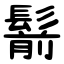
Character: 鬋